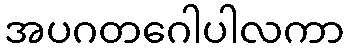
အပဂတဂေါပါလကာ